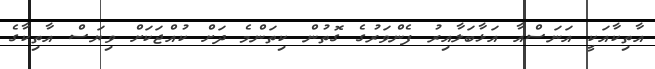
އާތިކާއަކީ އަނަސްއާ އަޅާބަލާއިރު ފެންވަަރުގެ ގޮތުން ކިތަންމެ ދަށް ކުއްޖަކަށް ވިޔަސް އާތިކާގެ